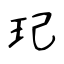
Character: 玘